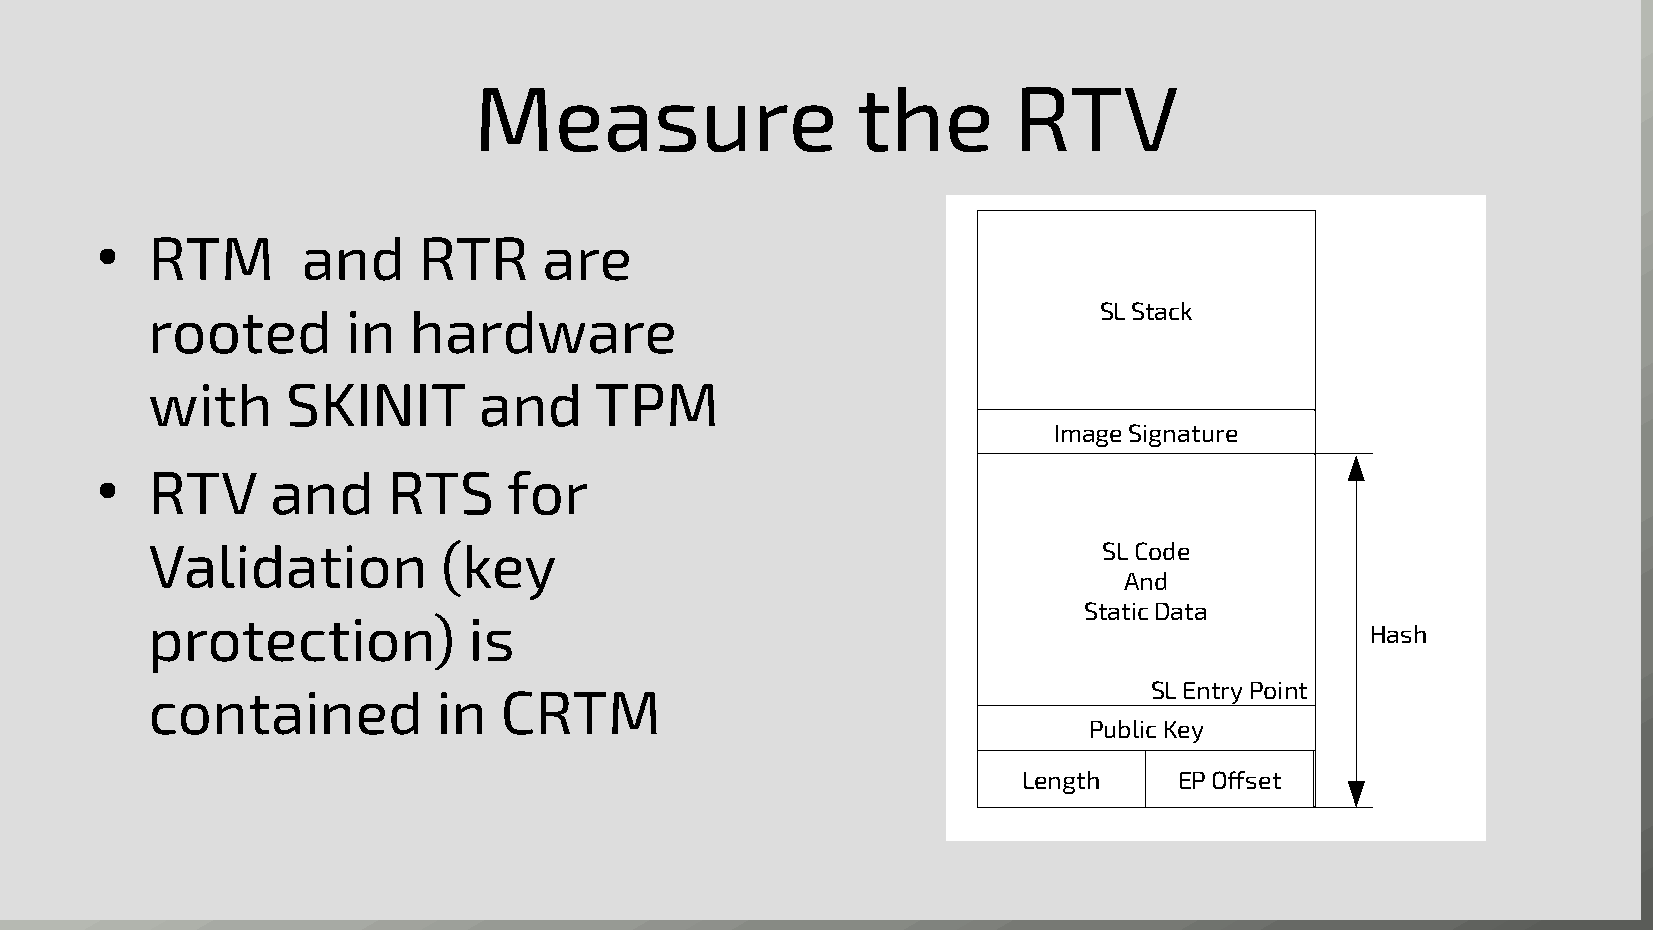
Measure                   the       RTV
 RTM       and     RTR     are
 ●
 SL Stack
 rooted       in  hardware
 with     SKINIT       and    TPM
 Image Signature
 RTV     and     RTS     for
 ●
 Validation         (key                                        SL Code
 And
 Static Data
 protection)          is
 Hash
 SL Entry Point
 contained          in  CRTM
 Public Key
 Length    EP Offset